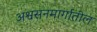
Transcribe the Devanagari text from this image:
अश्वसनमार्गातील